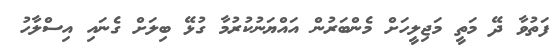
ފަތުވާ ދޭ މަތީ މަޖިލީހަށް މެންބަރުން އައްޔަނުކުރުމާ ގުޅޭ ބިލަށް ގެނައި އިސްލާހު